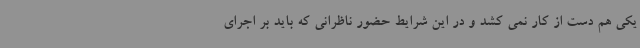
یکی هم دست از کار نمی کشد و در این شرایط حضور ناظرانی که باید بر اجرای